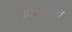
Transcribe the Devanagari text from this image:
त्रिविभाजित